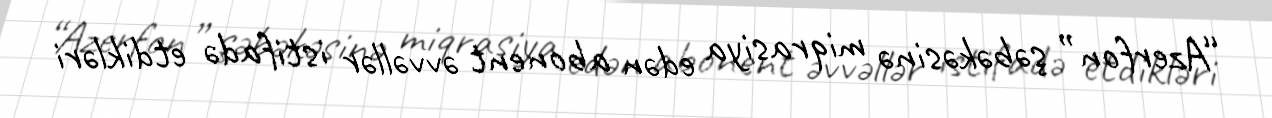
“Azerfon” şəbəkəsinə miqrasiya edən abonent əvvəllər istifadə etdikləri